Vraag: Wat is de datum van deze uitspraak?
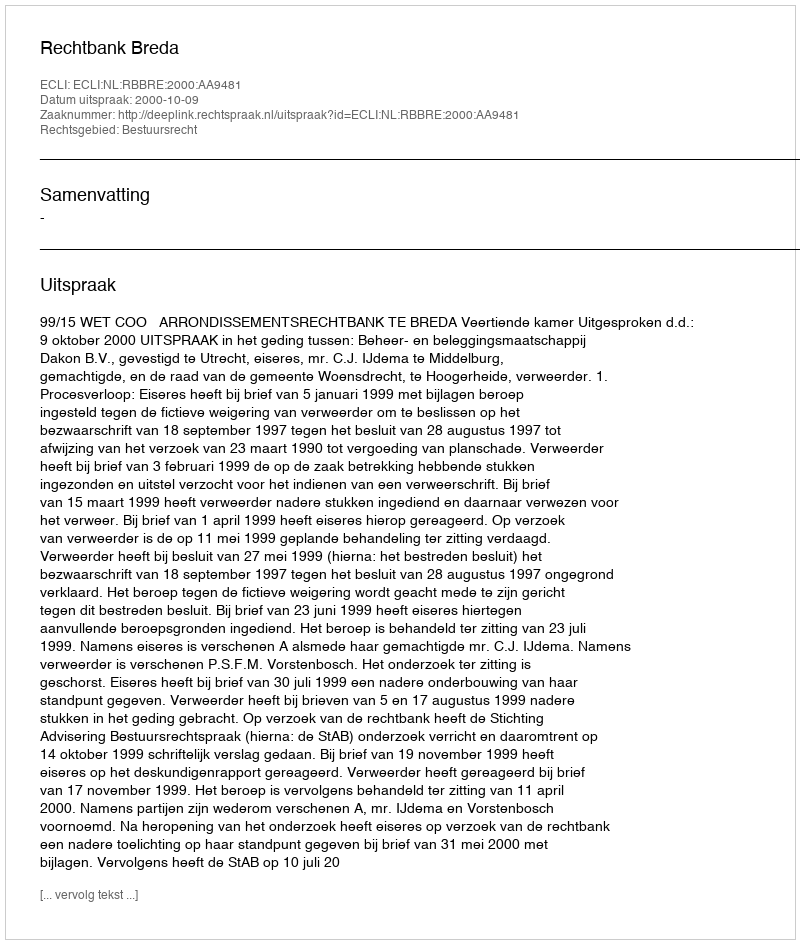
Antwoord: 2000-10-09